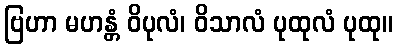
ဗြဟာ မဟန္တံ ဝိပုလံ၊ ဝိသာလံ ပုထုလံ ပုထု။